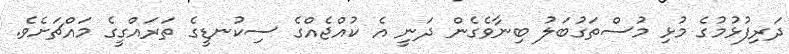
ދަރިފުޅުމުގެ މުޅި މުސްތަގުބަލު ބިނާވެގެން ދަނީ އެ ކުއްޖެއްގެ ސިކުނޑީގެ ތަރައްގީގެ މައްޗަށެވެ.